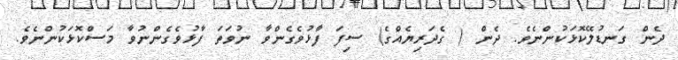
ދެން ގަނޑުލޭކޮޅަކުންނެވެ. ދެން ( ގެދަރިޔެއްގެ) ސިފަ ފާޅުވެގެންވާ ނުވަތަ ފާޅުވެގެންނުވާ މަސްކޮޅަކުންނެވެ.